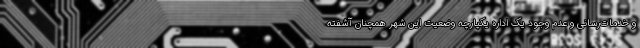
و خدمات‌رسانی و عدم وجود یک اداره یکپارچه وضعیت این شهر همچنان آشفته